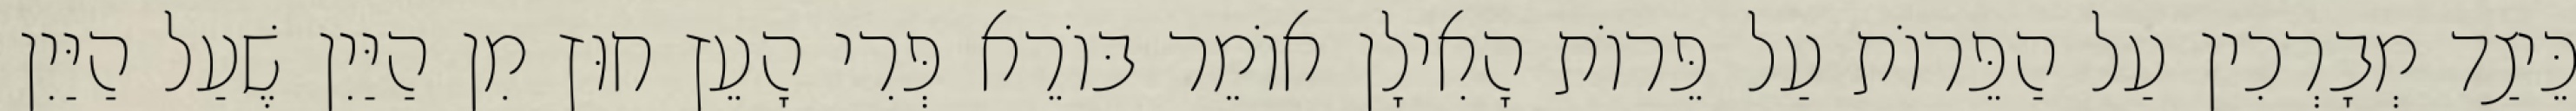
כֵּיצַד מְבָרְכִין עַל הַפֵּרוֹת עַל פֵּרוֹת הָאִילָן אוֹמֵר בּוֹרֵא פְּרִי הָעֵץ חוּץ מִן הַיַּיִן שֶׁעַל הַיַּיִן